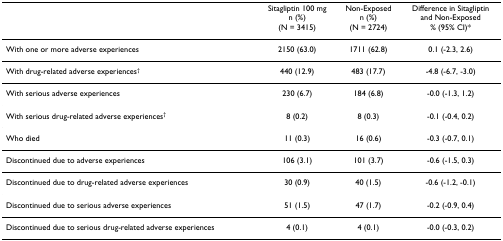
<table><thead><tr><td></td><td><b>Sitagliptin 100 mgn (%)(N = 3415)</b></td><td><b>Non-Exposedn (%)(N = 2724)</b></td><td><b>Difference in Sitagliptin and Non-Exposed% (95% CI)*</b></td></tr></thead><tbody><tr><td>With one or more adverse experiences</td><td>2150 (63.0)</td><td>1711 (62.8)</td><td>0.1 (-2.3, 2.6)</td></tr><tr><td>With drug-related adverse experiences<sup>†</sup></td><td>440 (12.9)</td><td>483 (17.7)</td><td>-4.8 (-6.7, -3.0)</td></tr><tr><td>With serious adverse experiences</td><td>230 (6.7)</td><td>184 (6.8)</td><td>-0.0 (-1.3, 1.2)</td></tr><tr><td>With serious drug-related adverse experiences<sup>†</sup></td><td>8 (0.2)</td><td>8 (0.3)</td><td>-0.1 (-0.4, 0.2)</td></tr><tr><td>Who died</td><td>11 (0.3)</td><td>16 (0.6)</td><td>-0.3 (-0.7, 0.1)</td></tr><tr><td>Discontinued due to adverse experiences</td><td>106 (3.1)</td><td>101 (3.7)</td><td>-0.6 (-1.5, 0.3)</td></tr><tr><td>Discontinued due to drug-related adverse experiences</td><td>30 (0.9)</td><td>40 (1.5)</td><td>-0.6 (-1.2, -0.1)</td></tr><tr><td>Discontinued due to serious adverse experiences</td><td>51 (1.5)</td><td>47 (1.7)</td><td>-0.2 (-0.9, 0.4)</td></tr><tr><td>Discontinued due to serious drug-related adverse experiences</td><td>4 (0.1)</td><td>4 (0.1)</td><td>-0.0 (-0.3, 0.2)</td></tr></tbody></table>